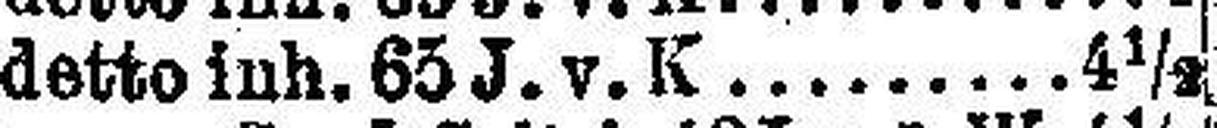
detto inh. 65 J. v. K 4½